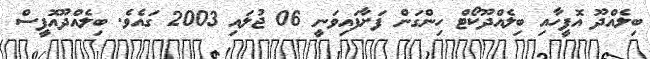
ބިލެއްދޫ އޮފީހާއި ބިލެއްދޫކޯޓް ހިންގަން ފަށާފައިވަނީ 06 ޖުލައި 2003 ގައެވެ. ބިލެއްދޫއޮފީސް